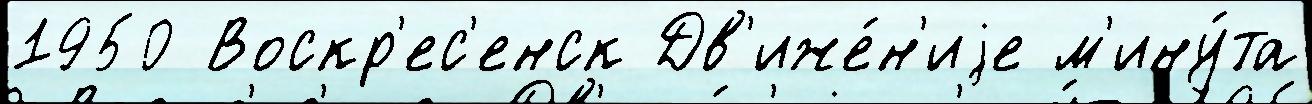
1950 Воскр'ес'енск Дв'иже́н'иjе м'ину́та